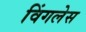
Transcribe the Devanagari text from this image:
विंगलेस